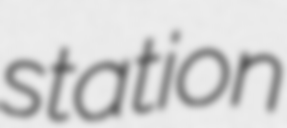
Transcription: station